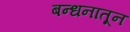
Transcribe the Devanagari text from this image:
बन्धनातून